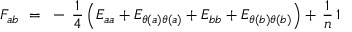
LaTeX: F _ { a b } ~ = ~ - \, { \frac { 1 } { 4 } } \left( E _ { a a } + E _ { \theta ( a ) \theta ( a ) } + E _ { b b } + E _ { \theta ( b ) \theta ( b ) } \right) + \, { \frac { 1 } { n } } \, 1